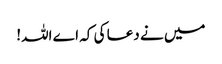
میں نے دعا کی کہ اے اللہ!